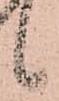
候